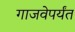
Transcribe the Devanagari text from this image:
गाजवेपर्यंत